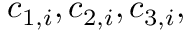
c _ { 1 , i } , c _ { 2 , i } , c _ { 3 , i } ,